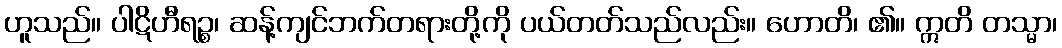
ဟူသည်။ ပါဋိဟီရဉ္စ၊ ဆန့်ကျင်ဘက်တရားတို့ကို ပယ်တတ်သည်လည်း။ ဟောတိ၊ ၏။ ဣတိ တသ္မာ၊